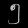
Digit: ၅